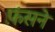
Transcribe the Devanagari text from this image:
फ़ंसने